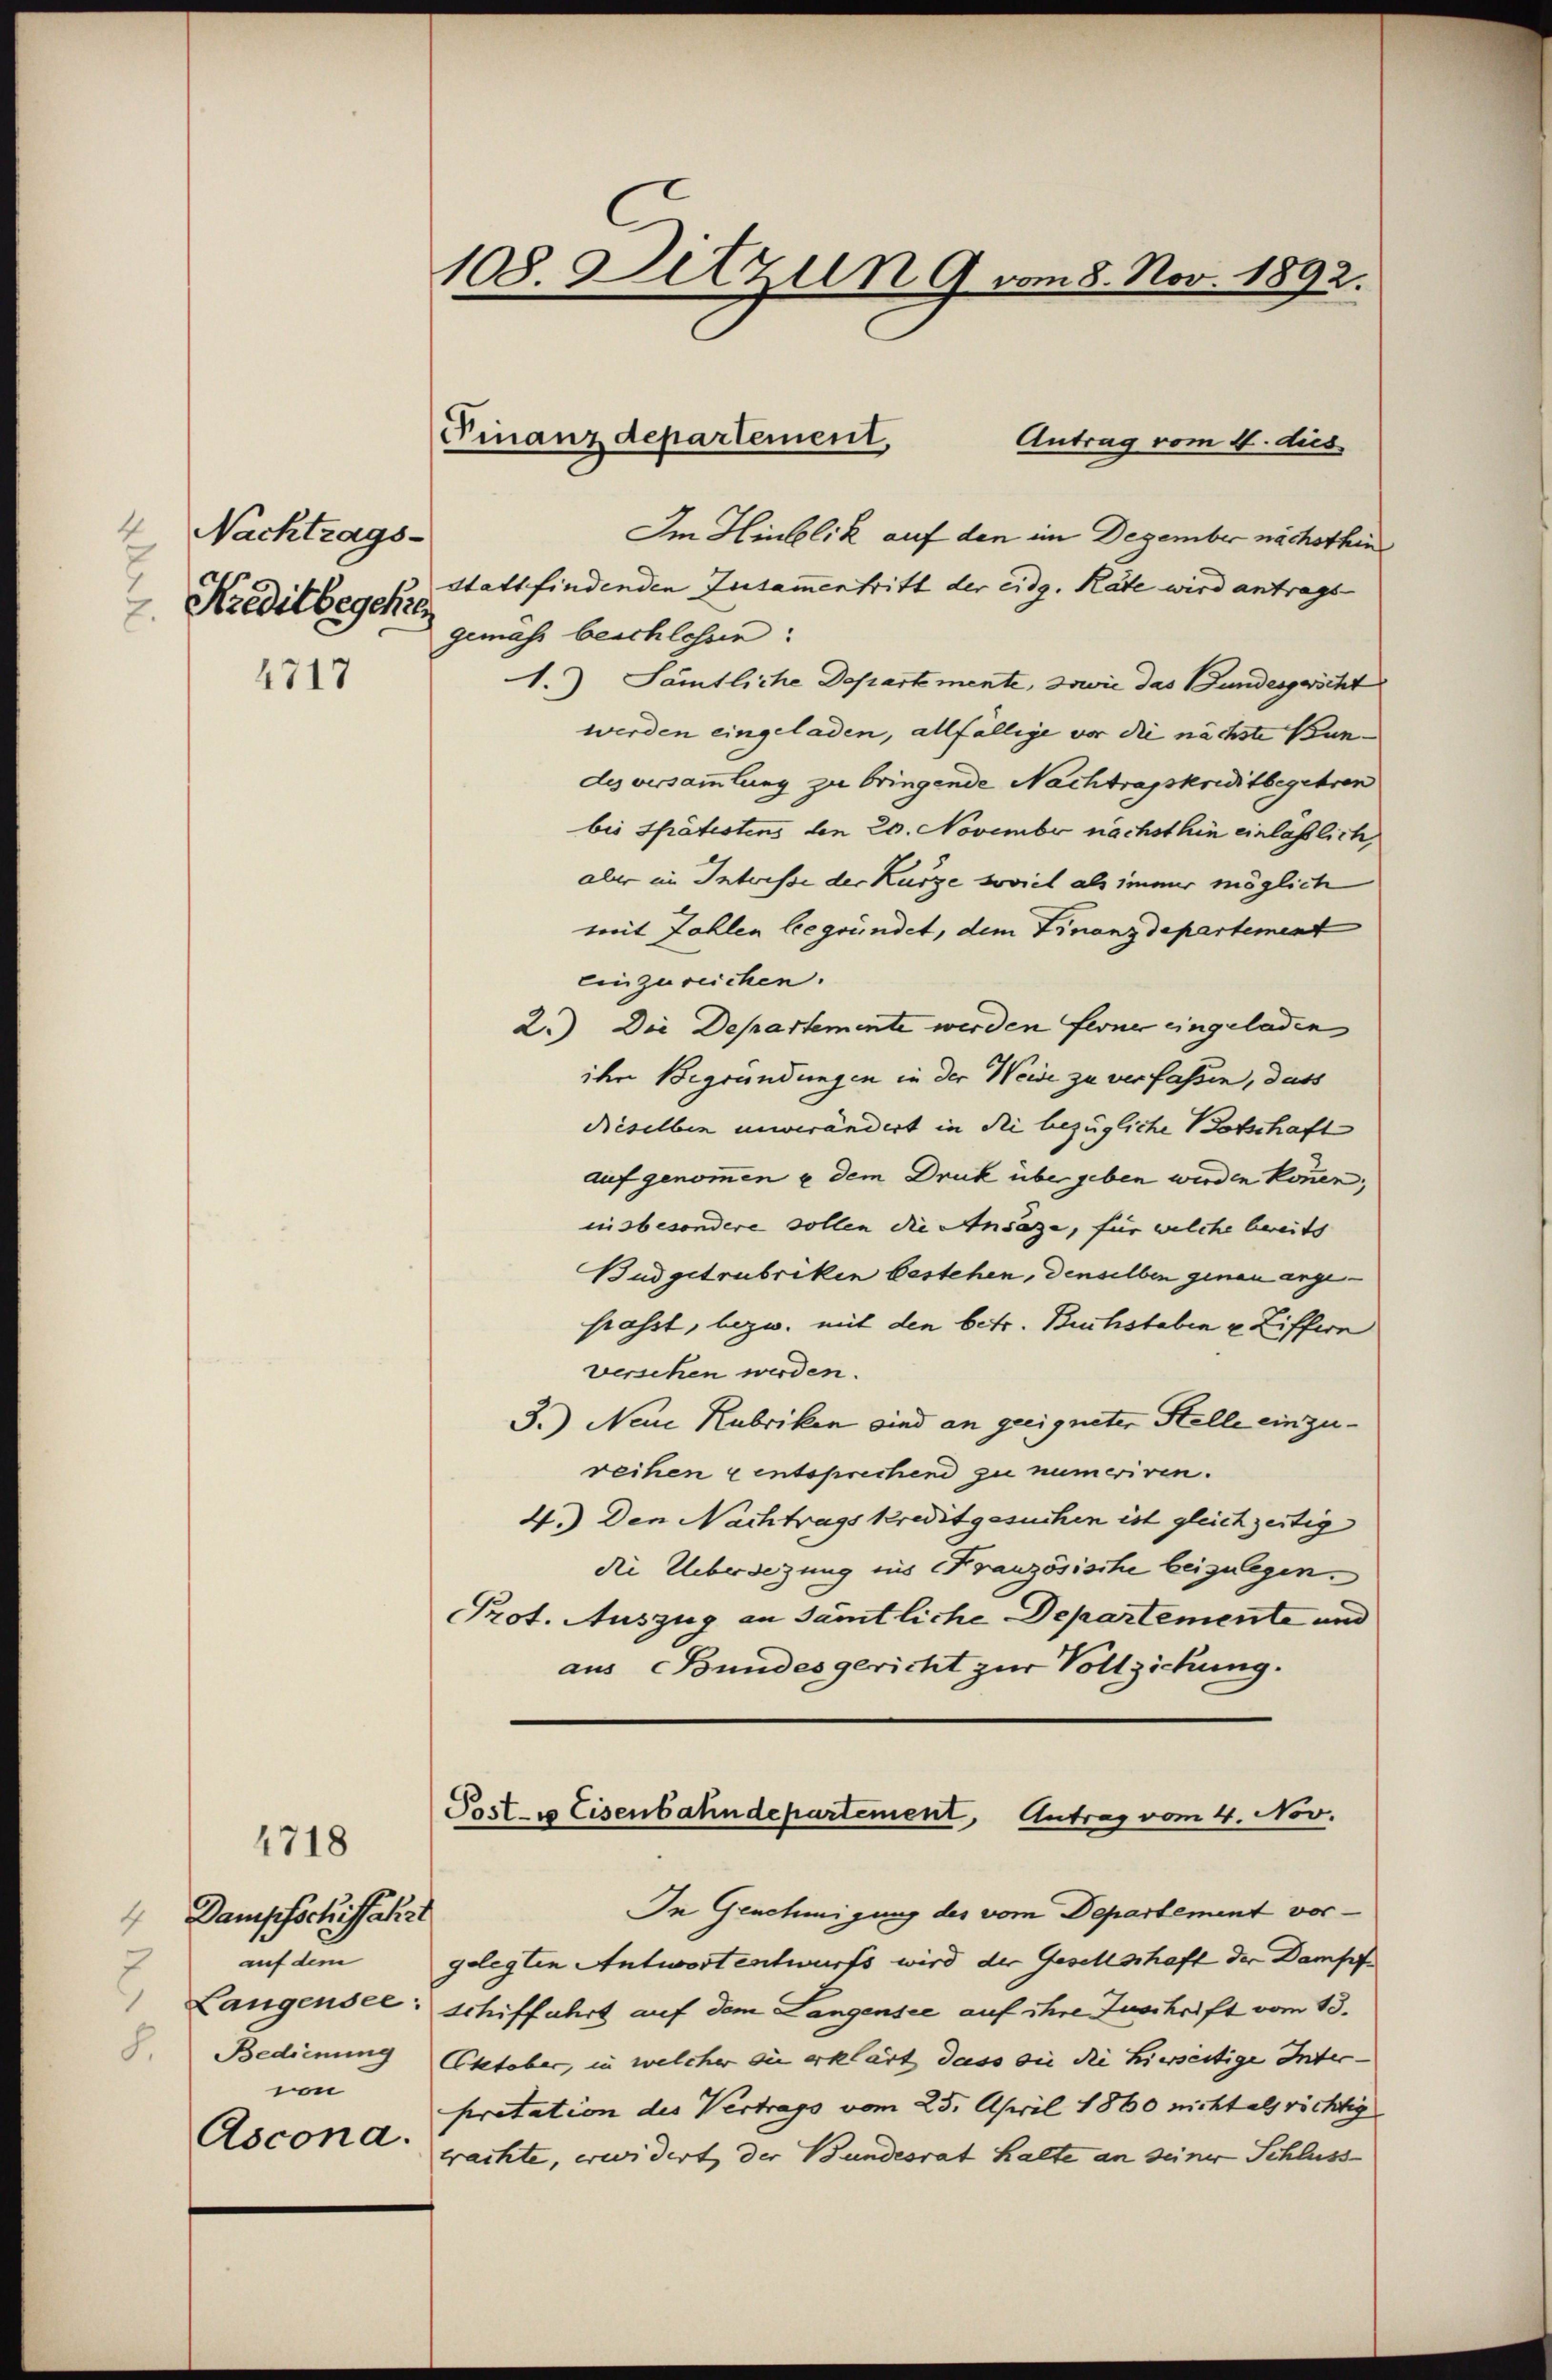
4
Nachtrags-
Kreditbegehre
.

1717

4718

Dampfschiffahrt
 auf dem
8. Bedienung
von
Ascona.

108. Ditzun 9 vom 8. Nov. 1892.

Finanzdepartement,

Antrag vom 4. dies
Im Hinblick auf den im Dezember nächsthin
stattfindenden Zusammentritt der eidg. Rate wird antrags-
gemäss beschlossen:
1.) Sämtliche Departemente, sowie das Bundesgwöcht
werden eingeladen, allfällige vor die nächste Bun-
des versammlung zu bringende Nachtragskreditbegehren
bis spätestens den 20. November nächsthin einlässlich,
aber im Interesse der Kurze soviel als immer möglich
mit Zahlen begründet, dem Finanzdepartement
einzureichen.
2.) Die Departemente werden ferner eingeladen
ihre Begründungen in der Weise zu verfassen, dass
dieselben unverändert in die bezügliche Botschaft
auf genommen u dem Druck über geben werden können;
insbesondere sollen die Ansage, für welche bereits
Budgetrubriken bestehen, denselben genau ange-
passt, bezw. mit den betr. Buchstaben u. Ziffern
verschen werden.
3.) Neue Rubriken sind an geeigneter Stelle einzureihen entsprechend zu numeriren.
4.) Den Nachtragskreditgesuchen ist gleichzeitig
die Uebersezung ins Französische beizulegen.
Prot. Auszug an sämtliche Departemente und
aus Bundesgericht zur Vollziehung.

Poste Eisenbahndepartement, Antrag vom 4. Nov.
In Genehmigung des vom Departement vor¬

gelegten Antwort entwurfs wird der Gesellschaft der Dampf
Langensee schiffahrt auf dem Langensee auf ihre Zuschrift vom 13.
Oktober, in welcher die erklärt, dass die die hierseitige Inter-
pretation des Vertrags vom 25. April 1860 nicht als richtig
trachte, erwidert, der Bundesrat halte an seiner Schluss